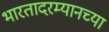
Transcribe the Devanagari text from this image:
भारतादरम्यानच्या